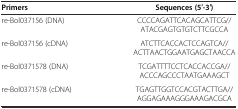
| Primers | Sequences (5′-3′) |
 | --- | --- |
 | re-Bol037156 (DNA) | CCCCAGATTCACAGCATTCG//ATACGAGTGTGTCTTCGCCA |
 | re-Bol037156 (cDNA) | ATCTTCACCACTCCAGTCA//ACTTAACTGGAATGAGCTAACCA |
 | re-Bol0371578 (DNA) | TCGATTTTCCTCACCACCGA//ACCCAGCCCTAATGAAAGCT |
 | re-Bol0371578 (cDNA) | TGAGTTGGTCCACGTACTTGA//AGGAGAAAGGGAAAGACGCA |